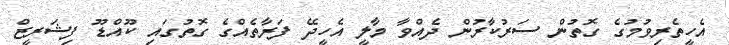
އެހީތެރިވުމުގެ ގޮތުން ސަރުކާރުން ދެއްވާ މާލީ އެހީދޭ ފަރާތެއްގެ ގޮތުގައި ކޫއްޑޫ ފިޝަރީޒް